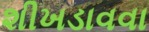
શીખડાવવા